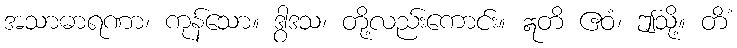
အသာဓာရဏာ၊ ကုန်သော။ ဒွါဒသ၊ တို့လည်းကောင်း။ ဣတိ ဧဝံ၊ ဤသို့။ တိံ